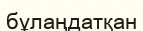
бұлаңдатқан